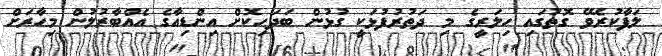
ލަފާކުރެވޭ ގޮތުގައި ހިލަރީގެ މި ދަތުރުފުޅަކީ ގުޅުން ބަދަހިކޮށް އިންޑިއާގެ އެއްބާރުލުން މިހާރަށް